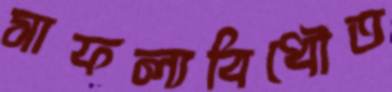
সাফল্যবিধৌত